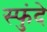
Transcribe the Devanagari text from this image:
स्फुंदे